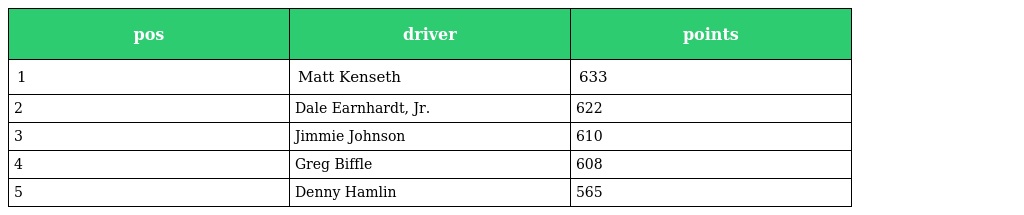
| pos | driver | points |
 | --- | --- | --- |
 | 1 | Matt Kenseth | 633 |
 | 2 | Dale Earnhardt, Jr. | 622 |
 | 3 | Jimmie Johnson | 610 |
 | 4 | Greg Biffle | 608 |
 | 5 | Denny Hamlin | 565 |